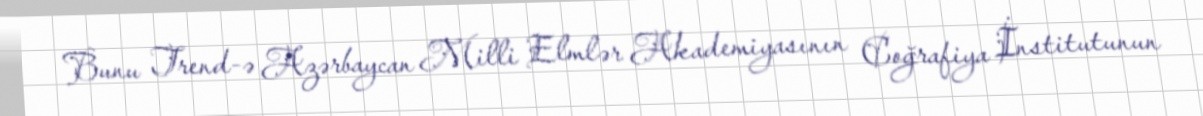
Bunu Trend-ə Azərbaycan Milli Elmlər Akademiyasının Coğrafiya İnstitutunun